Madras plague regulations in force outside the Presidency town - Volume 5
Disease focus: Plague
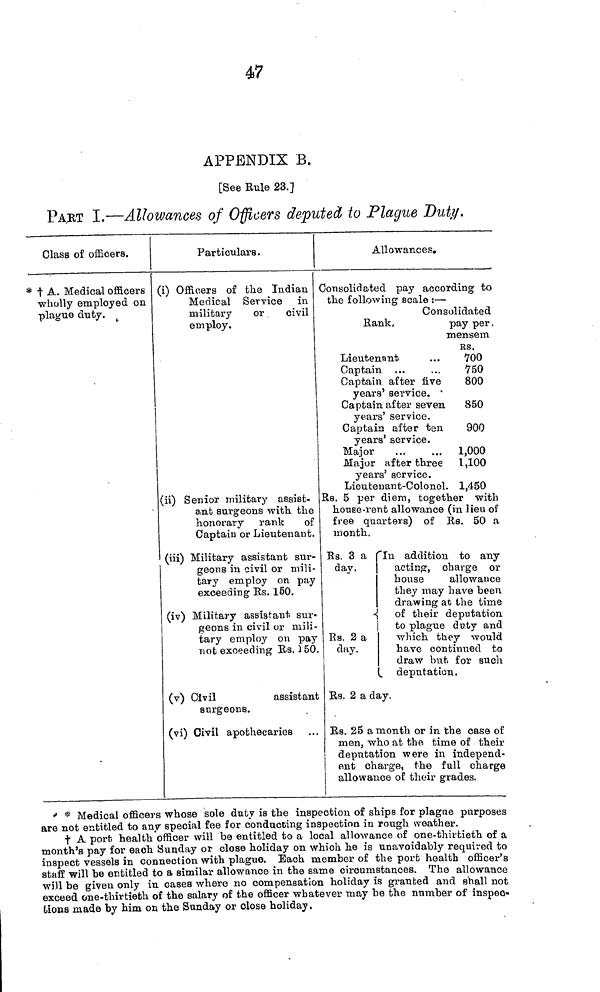
47
APPENDIX B.
[See Eule 23.]
PART I.—Allowances of Officers deputed to Plague Duty.
Class of officers.
† A. Medical officers
wholly employed on
plague duty.
Particulars.
(i) Officers of the Indian
Medical Service in
military
or
civil
employ.
(ii) Senior military assist-
ant surgeons with the
honorary rank of
Captain or Lieutenant.
(iii) Military assistant sur-
geons in civil or mili-
tary employ on pay
exceeding Rs. 150.
(iv) Military assistant sur
geons in civil or mili
tary employ on pay
not exceeding Rs. 150.
(v) Civil
assistant
surgeons.
(vi) Civil apothecaries
Allowances.
Consolidated pay according to
the following scale : —
Consolidated
Rank.
pay per.
mensem
RS.
Lieutenant
...
700
Captain ...
...
750
Captain after five 800
years' service.
Captain after seven 850
years' service.
Captain after ten
900
years' service.
Major
...
...
1,000
Major after three 1,100
years' service.
Lieutenant-Colonel. 1,450
Rs. 5 per diem, together with
house rent allowance (in lieu of
free quarters) of Rs. 50 a
month.
Rs. 3 a (In addition to any
day.
acting, charge or
house
allowance
they may have been
drawing at the time
of their deputation
to plague duty and
Rs. 2 a
which they would
day.
have contimied to
draw but for such
deputation.
Rs. 2 a day.
Rs. 25 a month or in the case of
men, who at the time of their
deputation were in independ-
ent charge, the full charge
allowance of their grades.
* Medical officers whose sole duty is the inspection of ships for plague purposes
are not entitled to any special fee for conducting inspection in rough weather.
† A port health officer will be entitled to a local allowance of one-thirtieth of a
month's pay for each Sunday or close holiday on which he is unavoidably required to
inspect vessels in connection with plague. Bach member of the port health officer's
staff will be entitled to a similar allowance in the same circumstances. The allowance
will be given only in cases where no compensation holiday is granted and shall not
exceed one-thirtieth of the salary of the officer whatever may be the number of inspec-
tions made by him on the Sunday or close holiday.